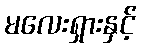
မလေးရှားနှင့်